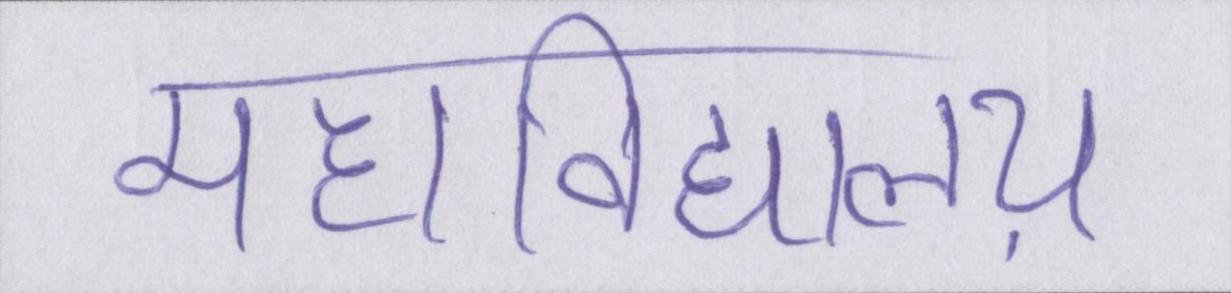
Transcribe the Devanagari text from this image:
महाविद्यालय़